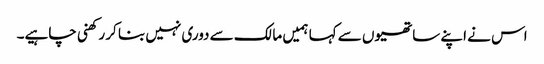
اس نے اپنے ساتھیوں سے کہا ہمیں مالک سے دوری نہیں بنا کر رکھنی چاہیے۔